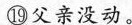
⑲父亲没动。